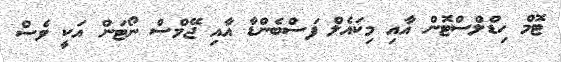
ޓޮމް ހިޑްލްސްޓޮން އާއި މިކައެލް ފަސްބެންޑާ އާއި ޖޭމްސް ނޯޓަން އަކީ ވެސް